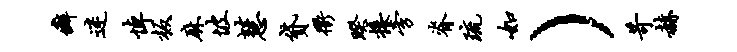
癖迷悼板麻坡慧贷衢睽接旁脊琉如）苛赫